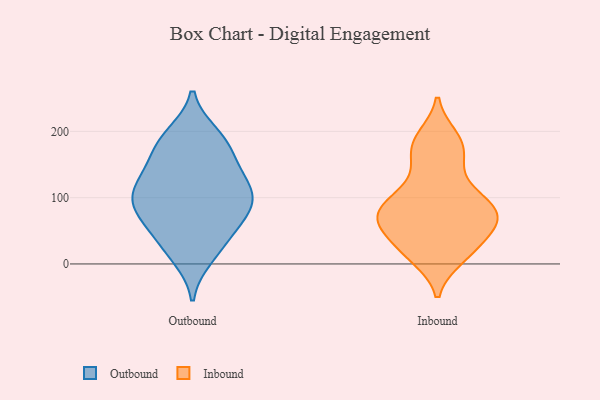
{"axis": {"x": "Waste Production (Tons)", "y": "Value"}, "legend": ["Inbound", "Outbound"], "data": [{"x": "", "y": 85, "type": "Outbound"}, {"x": "", "y": 73, "type": "Outbound"}, {"x": "", "y": 10, "type": "Outbound"}, {"x": "", "y": 93, "type": "Outbound"}, {"x": "", "y": 191, "type": "Outbound"}, {"x": "", "y": 163, "type": "Outbound"}, {"x": "", "y": 85, "type": "Outbound"}, {"x": "", "y": 17, "type": "Outbound"}, {"x": "", "y": 186, "type": "Outbound"}, {"x": "", "y": 103, "type": "Outbound"}, {"x": "", "y": 106, "type": "Outbound"}, {"x": "", "y": 62, "type": "Outbound"}, {"x": "", "y": 138, "type": "Outbound"}, {"x": "", "y": 37, "type": "Outbound"}, {"x": "", "y": 111, "type": "Outbound"}, {"x": "", "y": 51, "type": "Outbound"}, {"x": "", "y": 123, "type": "Outbound"}, {"x": "", "y": 130, "type": "Outbound"}, {"x": "", "y": 166, "type": "Outbound"}, {"x": "", "y": 195, "type": "Outbound"}, {"x": "", "y": 67, "type": "Inbound"}, {"x": "", "y": 39, "type": "Inbound"}, {"x": "", "y": 61, "type": "Inbound"}, {"x": "", "y": 166, "type": "Inbound"}, {"x": "", "y": 69, "type": "Inbound"}, {"x": "", "y": 15, "type": "Inbound"}, {"x": "", "y": 87, "type": "Inbound"}, {"x": "", "y": 154, "type": "Inbound"}, {"x": "", "y": 185, "type": "Inbound"}, {"x": "", "y": 112, "type": "Inbound"}, {"x": "", "y": 10, "type": "Inbound"}, {"x": "", "y": 21, "type": "Inbound"}, {"x": "", "y": 191, "type": "Inbound"}, {"x": "", "y": 94, "type": "Inbound"}, {"x": "", "y": 67, "type": "Inbound"}, {"x": "", "y": 100, "type": "Inbound"}, {"x": "", "y": 65, "type": "Inbound"}]}